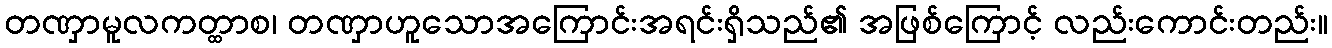
တဏှာမူလကတ္ထာစ၊ တဏှာဟူသောအကြောင်းအရင်းရှိသည်၏ အဖြစ်ကြောင့် လည်းကောင်းတည်း။